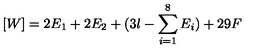
[ W ] = 2 E _ { 1 } + 2 E _ { 2 } + ( 3 l - \sum _ { i = 1 } ^ { 8 } E _ { i } ) + 2 9 F